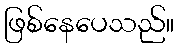
ဖြစ်နေပေသည်။